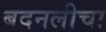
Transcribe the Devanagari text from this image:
बदनलीचा